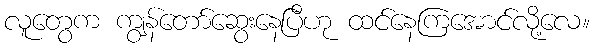
လူတွေက ကျွန်တော်ဆွေးနေပြီဟု ထင်နေကြအောင်လို့လေ။